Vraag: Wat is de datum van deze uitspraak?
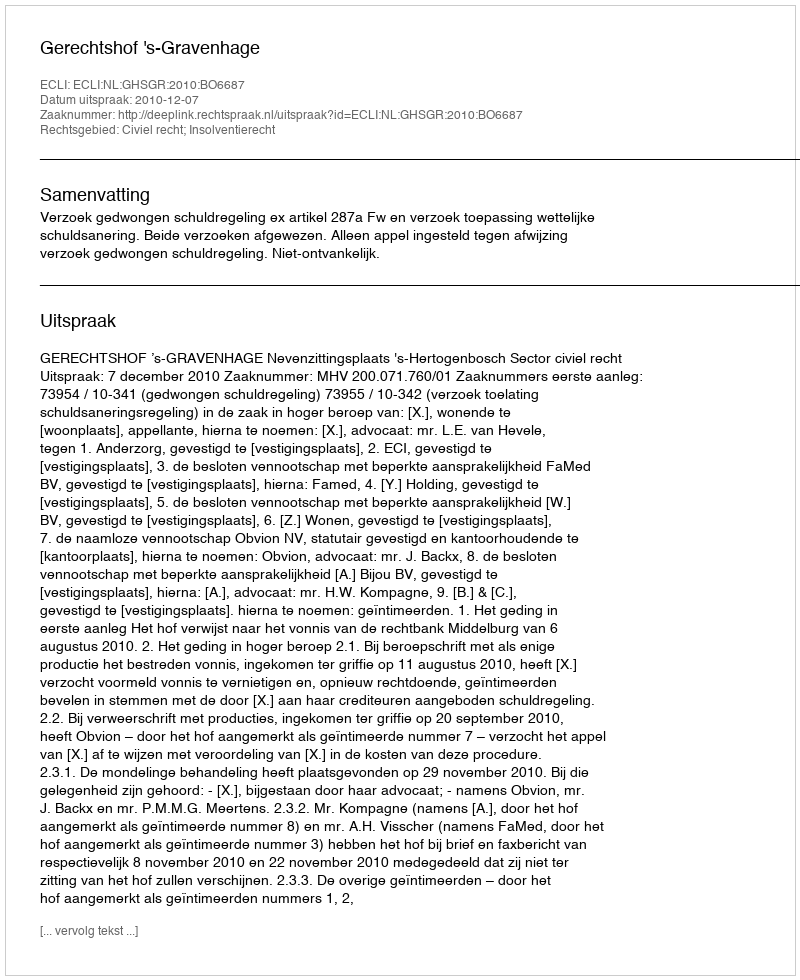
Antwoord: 2010-12-07